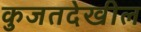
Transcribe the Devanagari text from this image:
कुजतदेखील